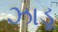
ઝાડૂ